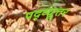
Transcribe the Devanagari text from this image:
पद्व्यूत्तर